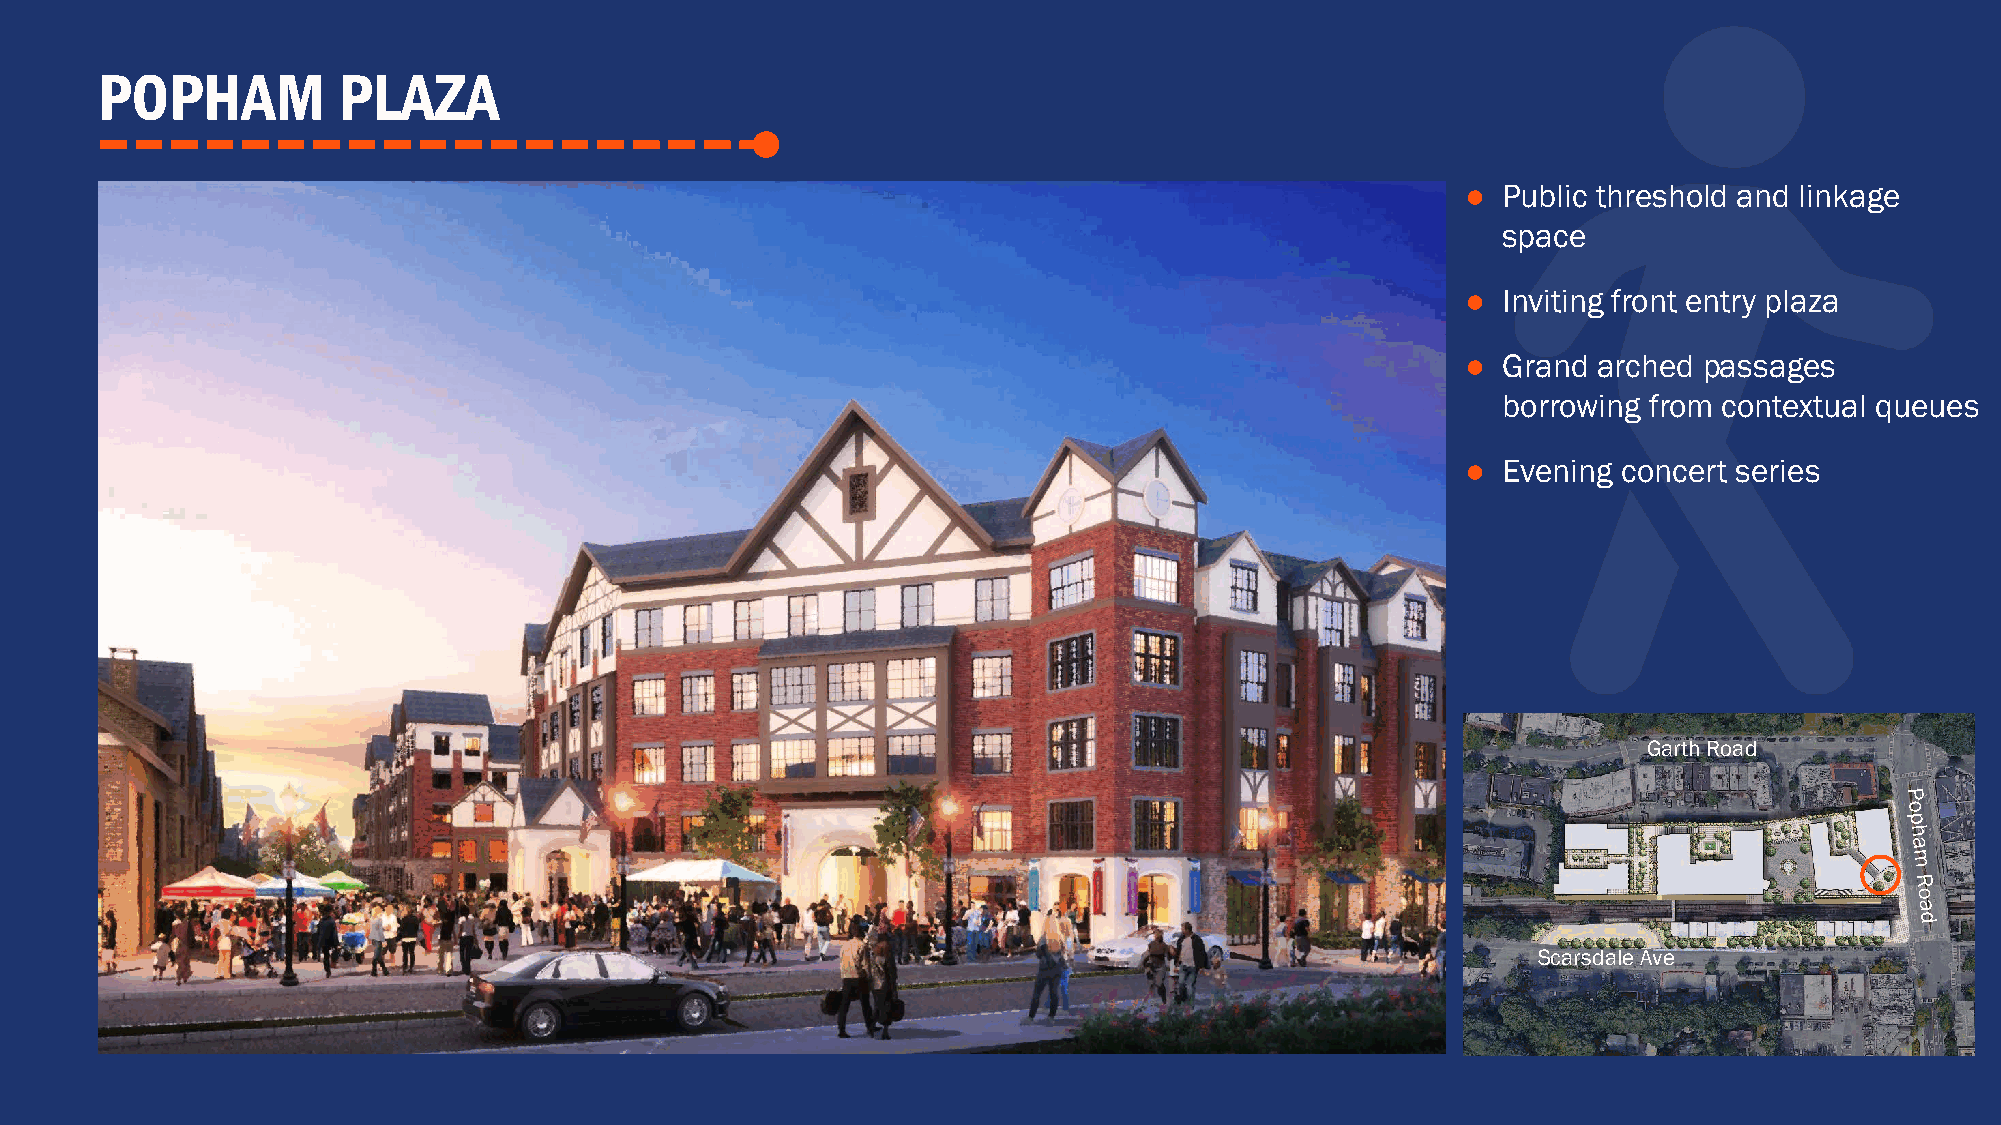
POPHAM          PLAZA
 ● Public threshold and linkage
 space
 ● Inviting front entry plaza
 ● Grand  arched passages
 borrowing from contextual queues
 ● Evening concert series
 Garth Road
 Scarsdale Ave